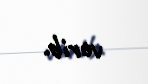
verib.